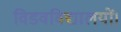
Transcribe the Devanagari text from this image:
विडवविद्यालयों।